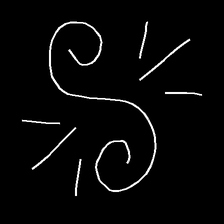
Glyph: wind-directs-air